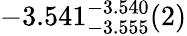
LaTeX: -3.541_{-3.555}^{-3.540}(2)